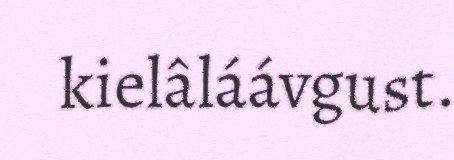
kielâláávgust.